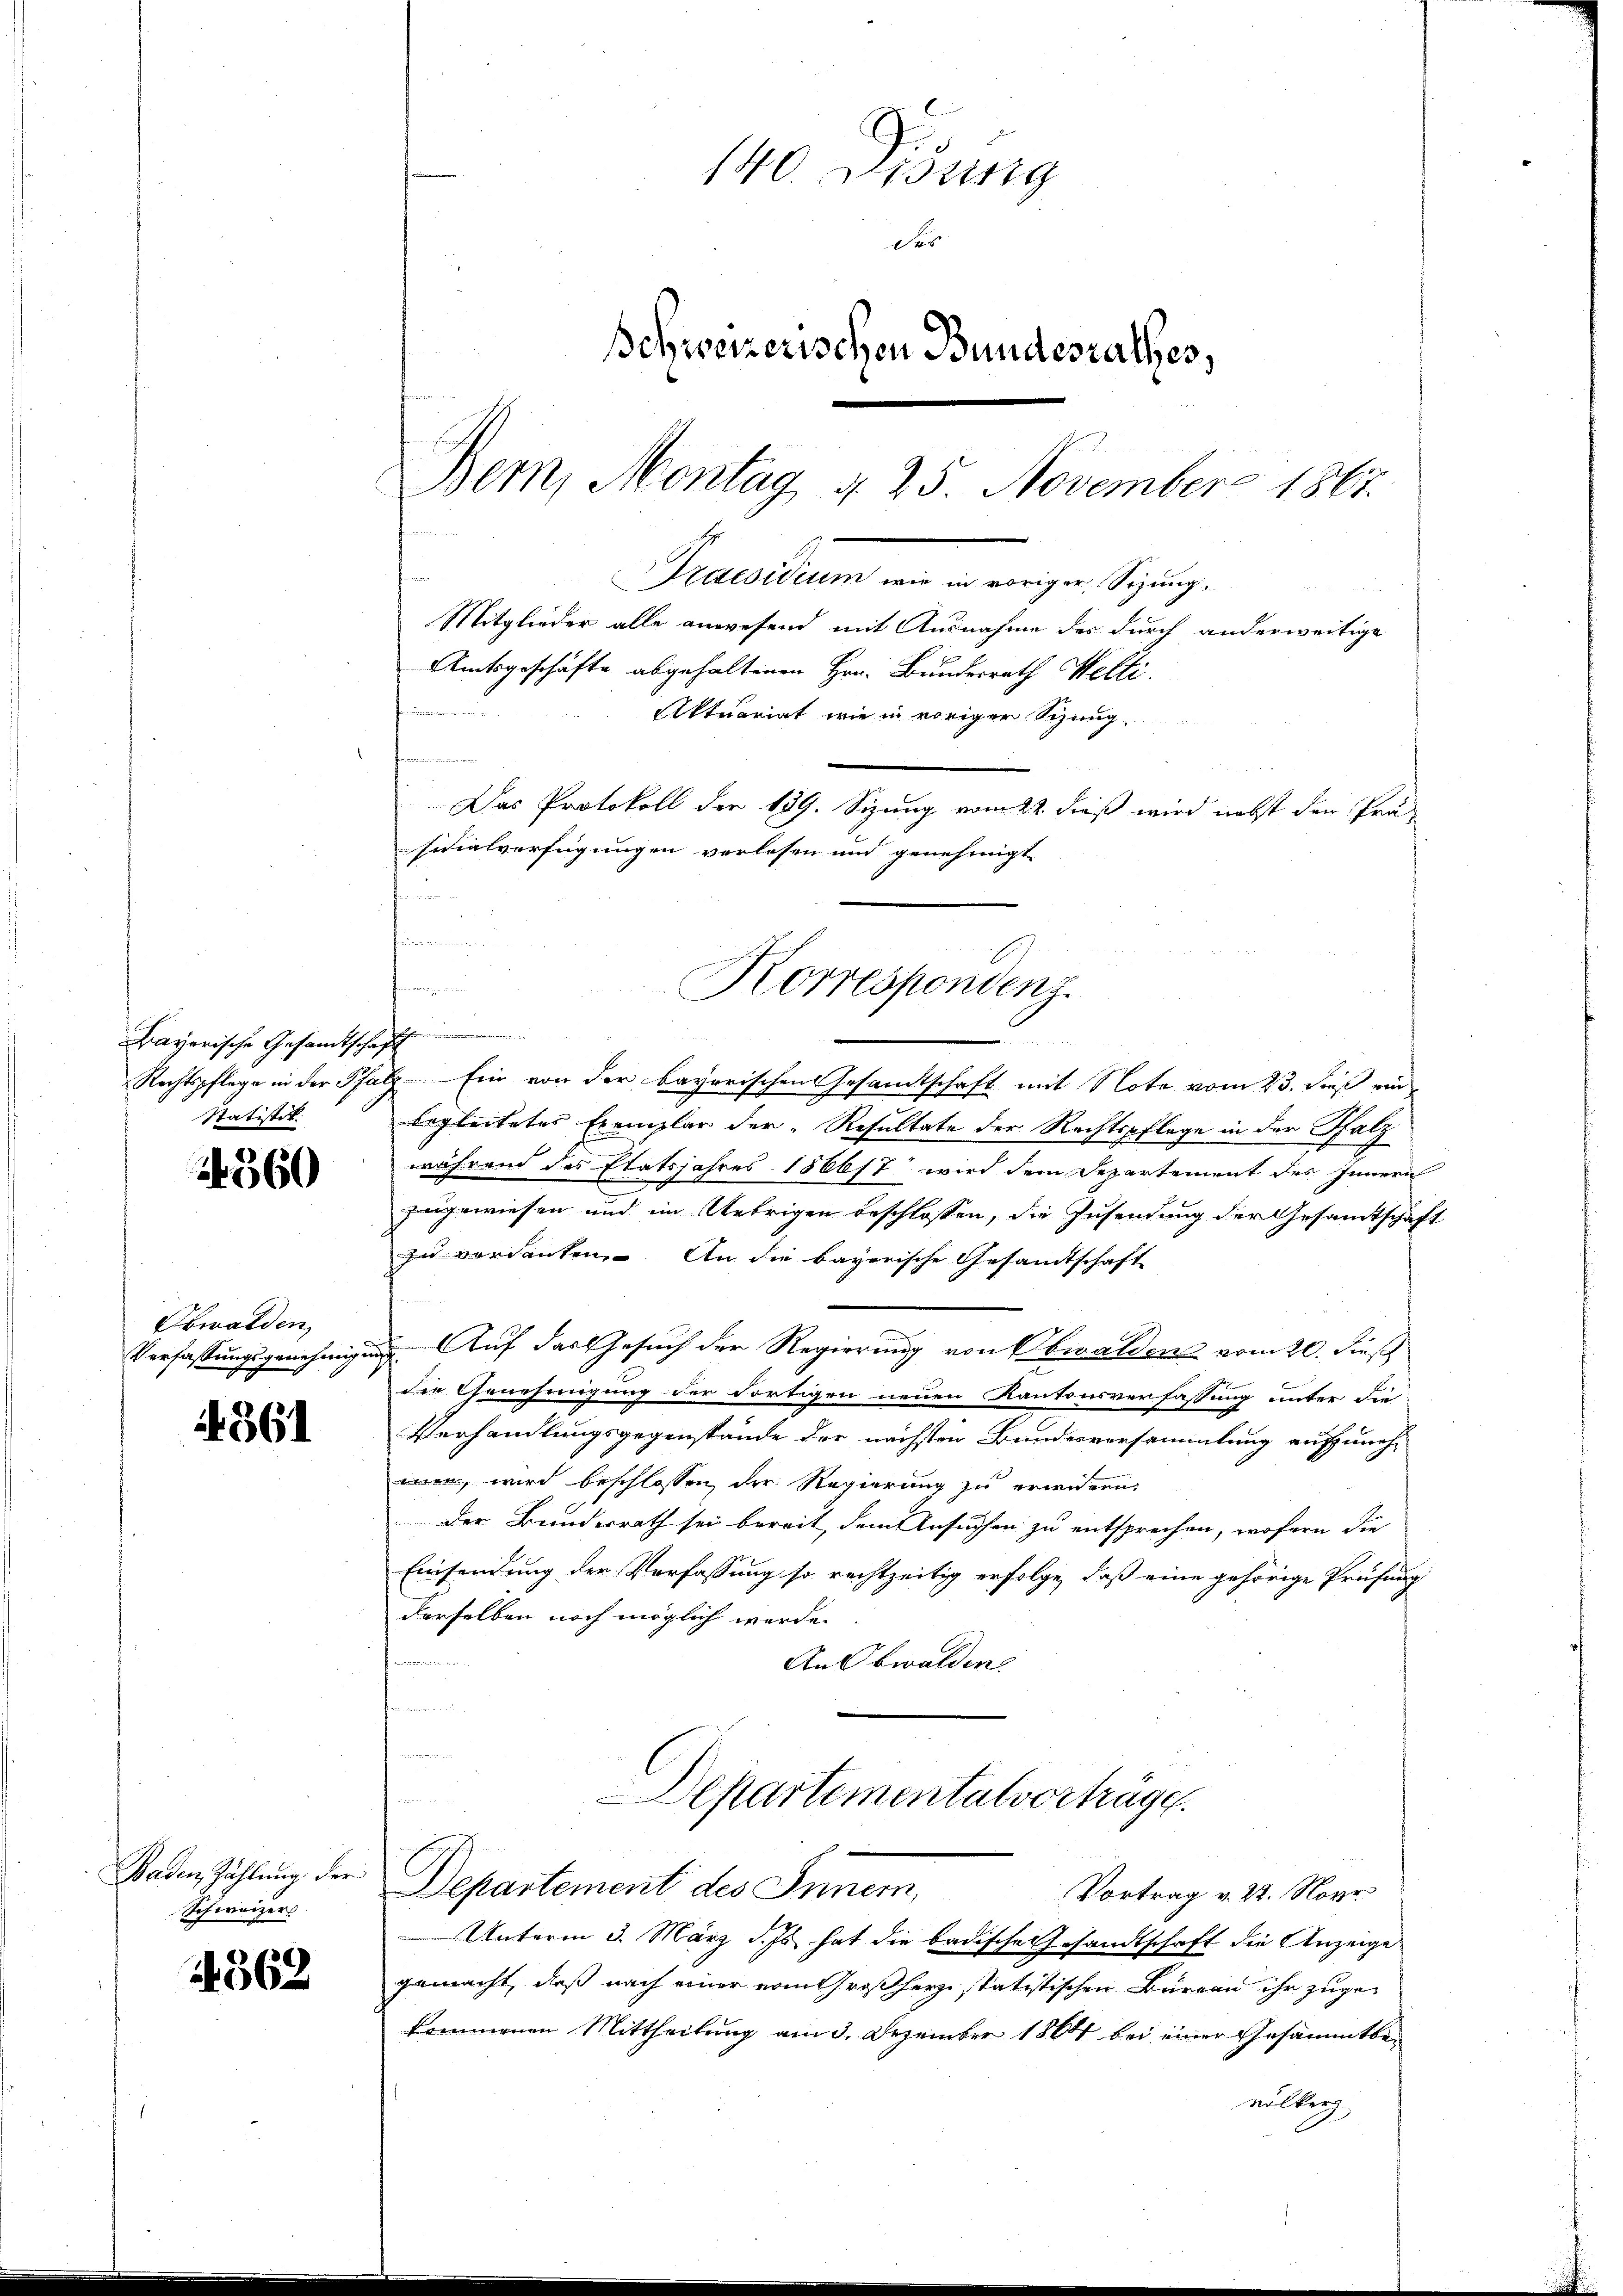
Frayerische Gesamtschaft
Rechtspflege in der Pfar
Statistik.

1360

Oswalden,
Verfassungsgenehmig¬

4361

Baden Zählung der
Schweizers

362

140. 21132119
Fes
schweizerischen Bundesrathes,
Bern, Montag d. 25. November 1867.
Praesidium wie in voriger, Sizung¬
Mitglieder alle anwesend mit Ausnahme der durch anderweitige
Amtsgeschäfte abgehaltenen Hrn. Bundesrath Welti.
Aktuariat wie in voriger Sitzung,
u
Das Protokoll der 139. Sizung vom 22. dieß wird nebst den Prä-
sidialverfügungen verlesen und genehmigt.

r u.
n

Korrespondenz.

Ex.Ein von der bayerischen Gesandtschaft mit Note vom 23. dieß ein
begleitetes Exemplar der Resultate der Rechtspflege in der Falz
während des Etatsjahres 1866/7 wird dem Separtement des Innern
e
zgewiesen und im Uebrigen beschlossen, die Zusendung der Gesandtschäft
zu verdanken. An die bayerische Gesandtschaft
.Auf das Gesuch der Regierung von Obwalden vom 20. dieß
die Genehmigung der dortigen neuen Kantonsverfassung unter die
Verhandlungsgegenstände der nächsten Bundesversammlung aufzuneh-
en, wird beschlossen der Regierung zu erwidern.
Der Bundesrath sei bereit, dem Ansuchen zu entsprechen, wofern die
Einsendung der Verfassung so rechtzeitig erfolge, daß eine gehörige Prüfung
derselben noch möglich werde.
Ansbwalden
n
d

Departementalverträge.
Departement des Inner,
Vortrag v. 22. Nove
Unterm 3. März d. Js. hat die badische Gesandtschaft die Anzeige
gemacht, daß nach einer vom Großherz statistischen Büreau ihr zugekommenen Mittheilung am 3. Dezember 1864 bei einer Gesammtbevölker.